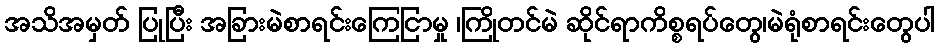
အသိအမှတ် ပြုပြီး အခြားမဲစာရင်းကြေငြာမှု ၊ကြိုတင်မဲ ဆိုင်ရာကိစ္စရပ်တွေ၊မဲရုံစာရင်းတွေပါ